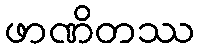
ဖာဏိတဿ